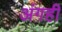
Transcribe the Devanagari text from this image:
अंगही